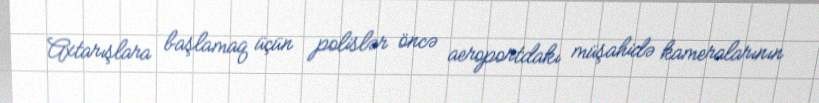
Axtarışlara başlamaq üçün polislər öncə aeroportdakı müşahidə kameralarının